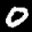
Label: 0